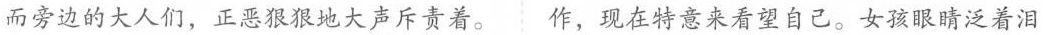
而旁边的大人们，正恶狠狠地大声斥责着。作，现在特意来看望自己。女孩眼睛泛着泪